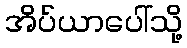
အိပ်ယာပေါ်သို့